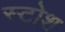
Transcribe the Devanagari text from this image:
स्टोश